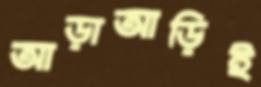
আড়াআড়িই